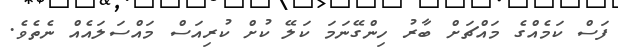
ފަސް ކަމެއްގެ މައްޗަށް ބާރު ހިންގޭނަމަ ކަލޭ ކުށް ކުރިއަސް މައްސަލައެއް ނެތެވެ.